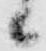
々